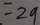
= 2 9